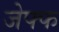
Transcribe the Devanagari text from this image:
जेफ्फ